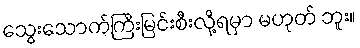
သွေးသောက်ကြီးမြင်းစီးလို့ရမှာ မဟုတ် ဘူး။